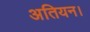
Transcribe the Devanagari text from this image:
अतियन।